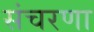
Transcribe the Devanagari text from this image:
संचरणा